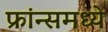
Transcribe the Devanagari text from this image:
फ्रांन्समध्ये